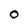
Character: O